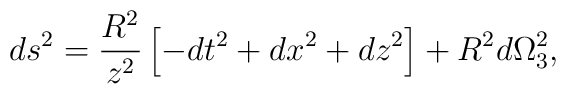
ds^2 = \frac{R^2}{z^2} \left [ -dt^2 + dx^2 + dz^2 \right ] + R^2 d\Omega_3^2,